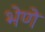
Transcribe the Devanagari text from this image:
भेणे